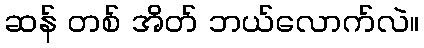
ဆန် တစ် အိတ် ဘယ်လောက်လဲ။